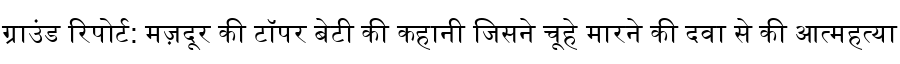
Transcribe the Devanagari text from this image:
ग्राउंड रिपोर्ट: मज़दूर की टॉपर बेटी की कहानी जिसने चूहे मारने की दवा से की आत्महत्या